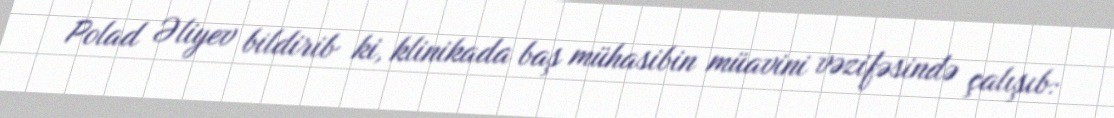
Polad Əliyev bildirib ki, klinikada baş mühasibin müavini vəzifəsində çalışıb: